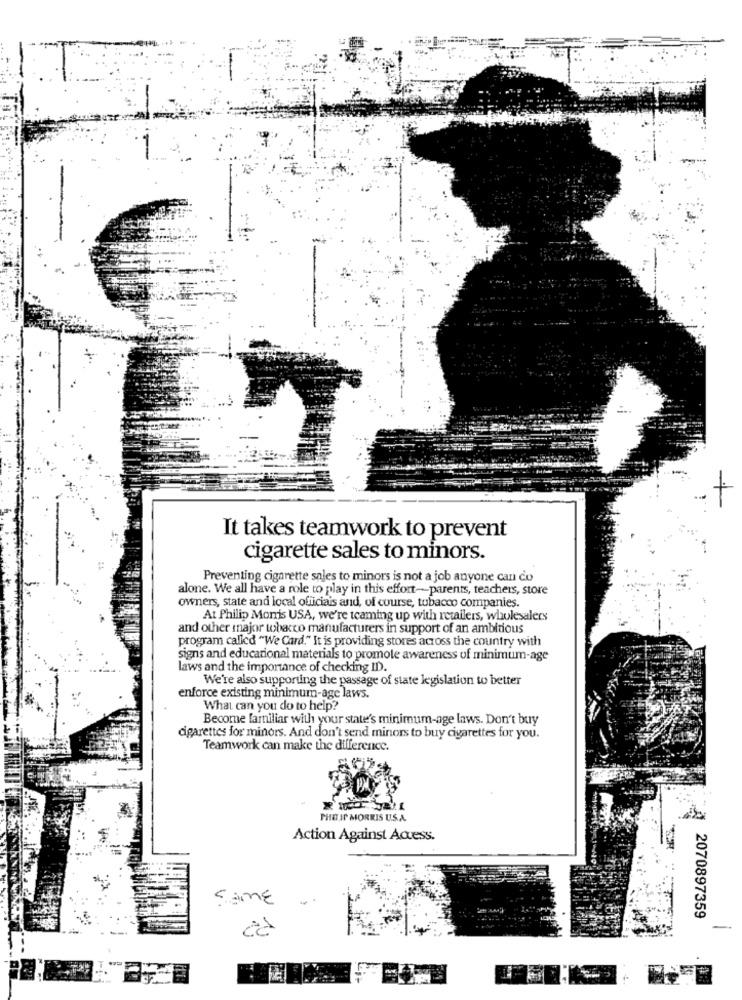
It takes teamwork to prevent
cigarette sales to minors.
Preventing cigarette sales to minors is not a job anyone can co
alone. We all have a role to play in this effort-parents, teachers, store
owners, state and local officials and, of course, tobacco companies.
At Philip Morris USA, we're teaming up with retailers, wholesalers
and other major tobacco manufacturers in support of an ambitious
program called "We Card." It is providing stores across the country with
signs and educational materials to promote awareness of minimum-age
laws and the importance of checking ID.
We're also supporting the passage of state legislation to better
enforce existing minimum-age laws.
What can you do to help?
Become familiar with your state's minimum-age laws. Don't buy
cigarettes for minors. And don't send minors to buy cigarettes for you.
Teamwork can make the difference.
PHE IT MORRIS U.S.A.
Action Against Access.
SAME
2070897359